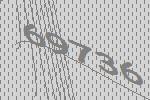
69736